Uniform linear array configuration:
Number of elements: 16
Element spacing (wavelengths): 0.25
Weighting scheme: kaiser
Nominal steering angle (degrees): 30
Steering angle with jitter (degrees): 28.435
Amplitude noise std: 0.05
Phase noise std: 0.05

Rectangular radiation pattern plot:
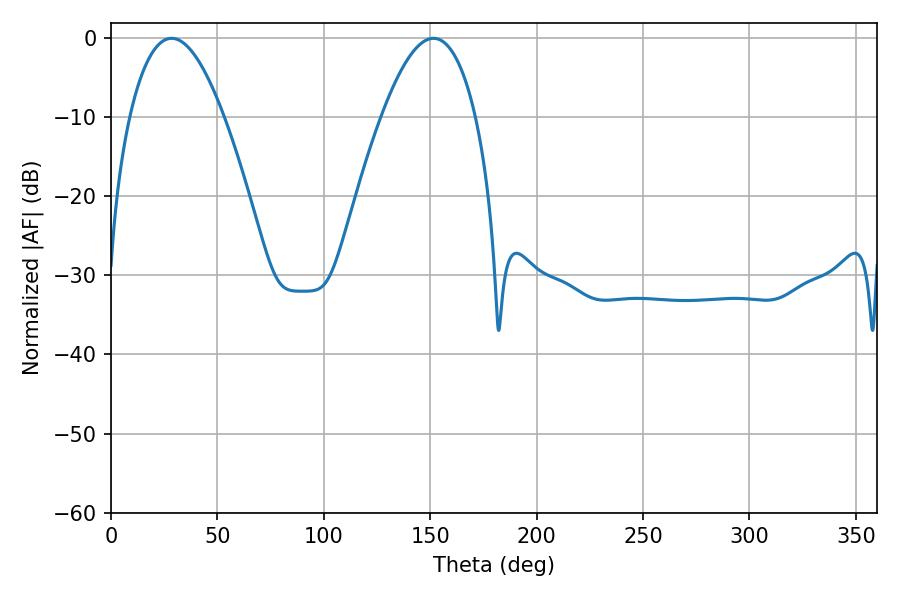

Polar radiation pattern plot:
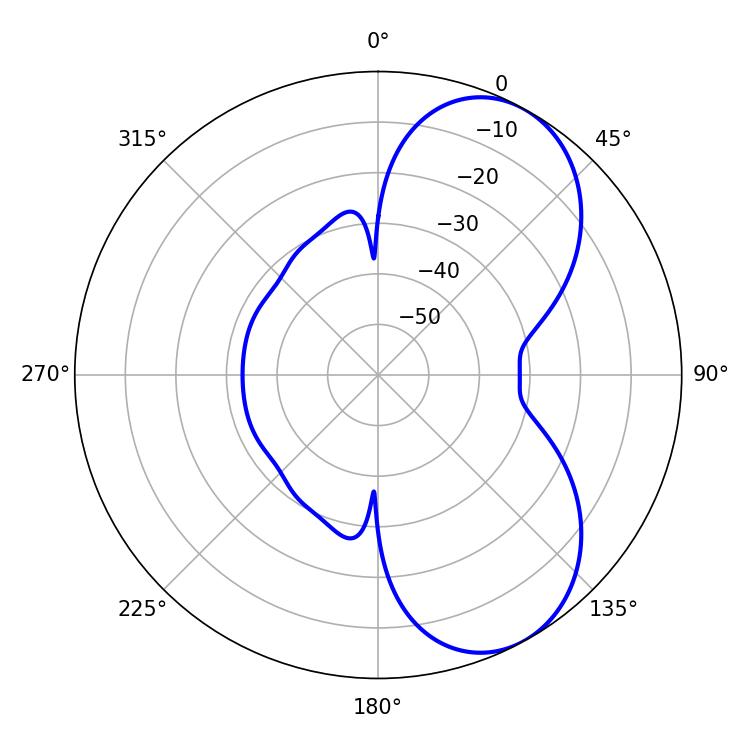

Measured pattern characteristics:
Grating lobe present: FALSE
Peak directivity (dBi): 6.498
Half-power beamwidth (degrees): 24.3
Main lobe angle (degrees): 28.44